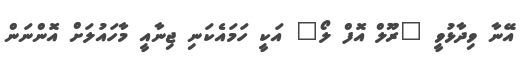
އޭނާ ވިދާޅުވީ "ރޫލް އޮފް ލޯ" އަކީ ހަމައެކަނި ޖިނާއީ މާހައުލަށް އޮންނަން